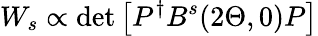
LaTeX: W_{s}\propto\operatorname*{det}\left[P^{\dagger}B^{s}(2\Theta,0)P\right]